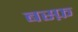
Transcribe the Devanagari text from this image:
बस्फ़